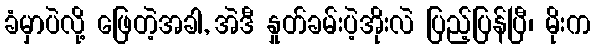
ခံမှာပဲလို့ ဖြေတဲ့အခါ, အဲဒီ နှုတ်ခမ်းပဲ့အိုးလဲ ပြည့်ပြန်ပြီ၊ မိုးက